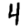
Digit: 4